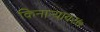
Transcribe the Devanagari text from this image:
किनाऱ्यावर७